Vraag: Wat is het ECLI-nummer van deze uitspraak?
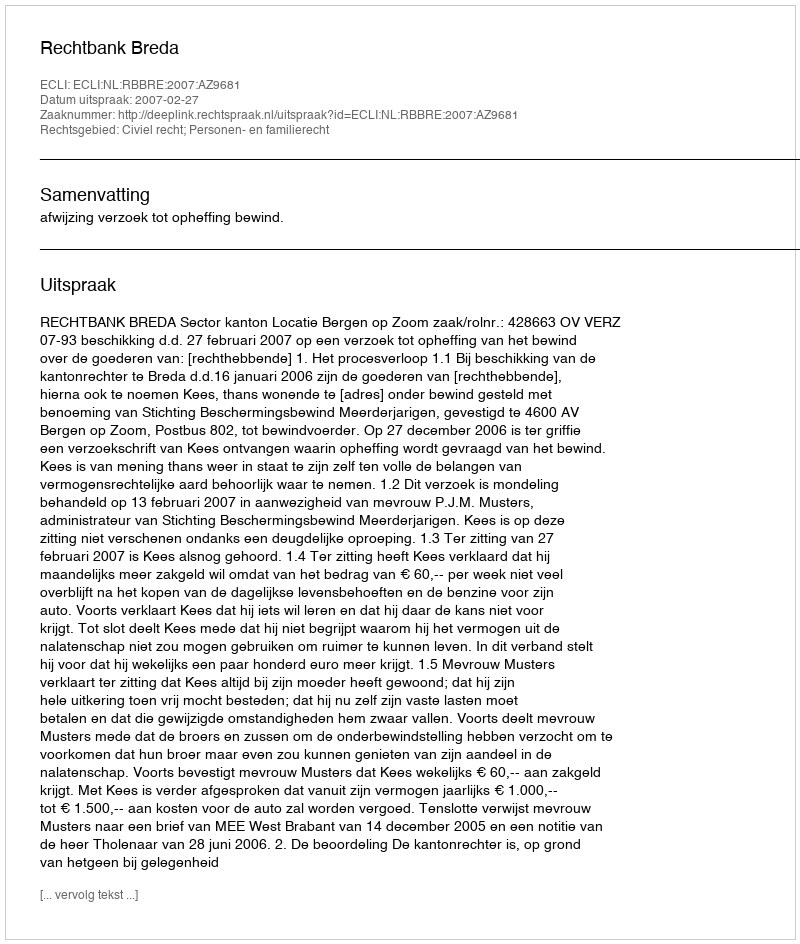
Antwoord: ECLI:NL:RBBRE:2007:AZ9681